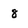
Character: 8